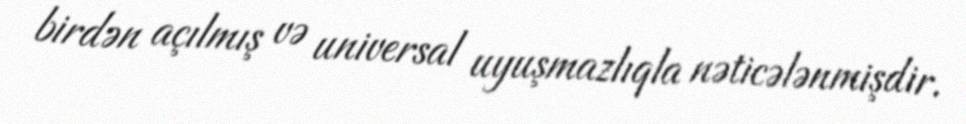
birdən açılmış və universal uyuşmazlıqla nəticələnmişdir.